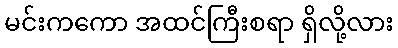
မင်းကကော အထင်ကြီးစရာ ရှိလို့လား